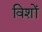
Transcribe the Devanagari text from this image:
विशों